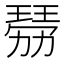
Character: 𤨍